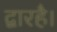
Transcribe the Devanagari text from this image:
द्वारहै।